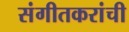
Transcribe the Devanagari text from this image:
संगीतकरांची